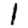
Digit: 1